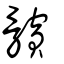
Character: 髕